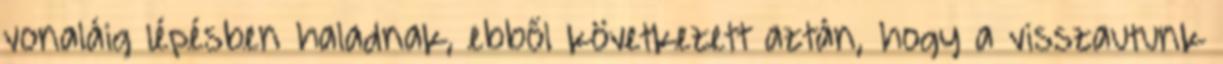
vonaláig lépésben haladnak, ebből következett aztán, hogy a visszautunk